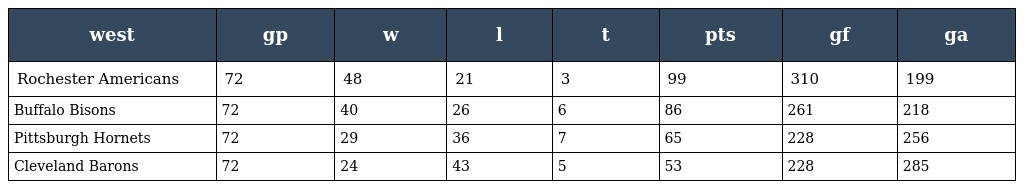
| west | gp | w | l | t | pts | gf | ga |
 | --- | --- | --- | --- | --- | --- | --- | --- |
 | Rochester Americans | 72 | 48 | 21 | 3 | 99 | 310 | 199 |
 | Buffalo Bisons | 72 | 40 | 26 | 6 | 86 | 261 | 218 |
 | Pittsburgh Hornets | 72 | 29 | 36 | 7 | 65 | 228 | 256 |
 | Cleveland Barons | 72 | 24 | 43 | 5 | 53 | 228 | 285 |